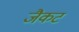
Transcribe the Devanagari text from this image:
जैकट